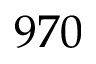
9 7 0